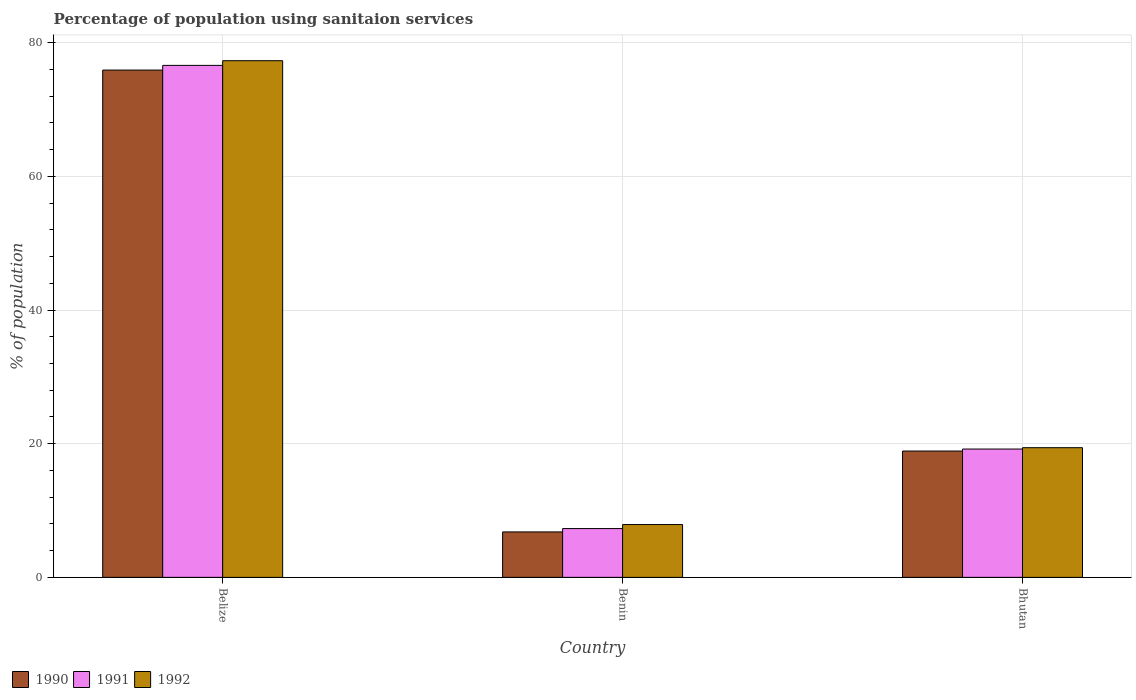
| Country | 1990 | 1991 | 1992 |
 | --- | --- | --- | --- |
 | Belize | 75.9 | 76.6 | 77.3 |
 | Benin | 6.8 | 7.3 | 7.9 |
 | Bhutan | 18.9 | 19.2 | 19.4 |